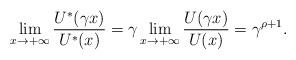
LaTeX: \begin{align*}\lim_{x\rightarrow +\infty }\frac{U^{\ast }(\gamma x)}{U^{\ast }(x)}=\gamma\lim_{x\rightarrow +\infty }\frac{U(\gamma x)}{U(x)}=\gamma ^{\rho +1}.\end{align*}